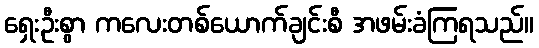
ရှေးဦးစွာ ကလေးတစ်ယောက်ချင်းစီ အဖမ်းခံကြရသည်။